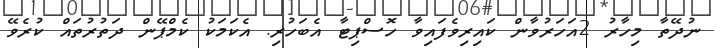
ނުދޭތާ މިހާރު 2އަހަރުވާން ކައިރިވެފައިވާ ހޮސްޕިޓާ އެބަހުރި. އެކަމަކު ކެމްޕޭން ދަތުރުތައް ކުރެވޭ